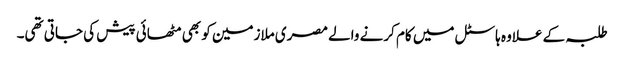
طلبہ کے علاوہ ہاسٹل میں کام کرنے والے مصری ملازمین کو بھی مٹھائی پیش کی جاتی تھی۔